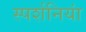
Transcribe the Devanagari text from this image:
स्पर्शनियां